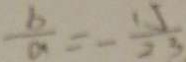
\frac { b } { a } = - \frac { 1 5 } { 2 3 }